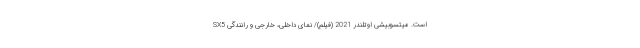
SX5 است. میتسوبیشی اوتلندر 2021 (فیلم)/ نمای داخلی، خارجی و رانندگی